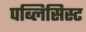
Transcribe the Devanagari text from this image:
पब्लिसिस्ट